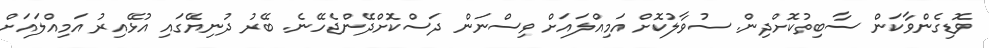
ވޮޑިގެންވާކަން ސާބިތުކޮށްދިން. ސުވާލުކޮށް އަމިއްލައަށް ވިސްނަން ދަސްކޮށްދޭންޖެހޭނެ. ބޭރު ދުނިޔޭގައި އުޅޭއިރު އަމިއްލައަށް